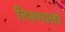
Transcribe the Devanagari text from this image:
तिरूमाला